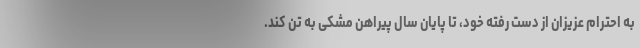
به احترام عزیزان از دست رفته خود، تا پایان سال پیراهن مشکی به تن کند.